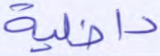
داخلية